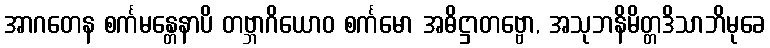
အာဂတေန စင်္ကမန္တေနာပိ တဗ္ဘာဂိယောဝ စင်္ကမော အဓိဋ္ဌာတဗ္ဗော, အသုဘနိမိတ္တဒိသာဘိမုခေ